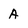
Character: A